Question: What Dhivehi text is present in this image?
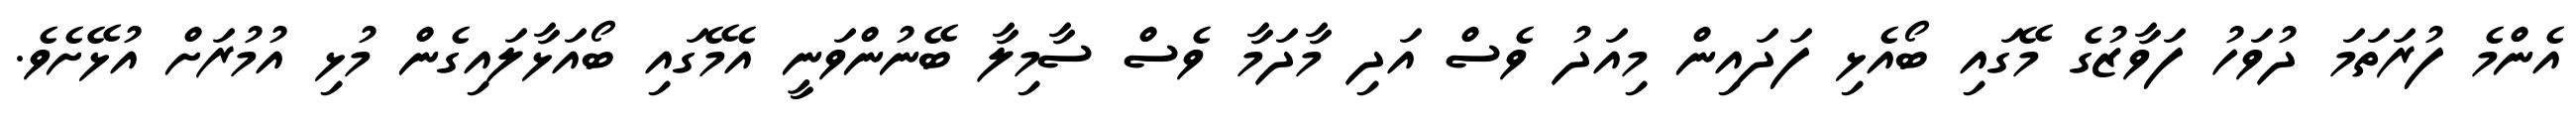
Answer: އެންމެ ފުރަތަމަ ދުވަހު ފަވާޒުގެ މޭގައި ބޯއެޅި ފަދައިން މިއަދު ވެސް އަދި މާދަމާ ވެސް ސާމިލާ ބޭނުންވަނީ އެމޭގައި ބޯއަޅާލައިގެން މުޅި އުމުރަށް އުޅޭށެވެ.